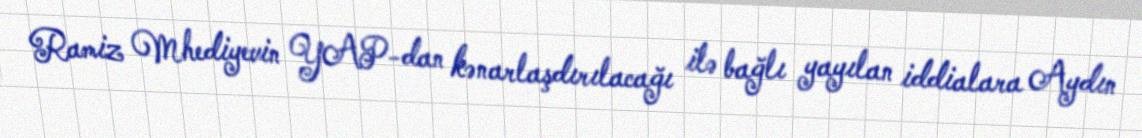
Ramiz Mhediyevin YAP-dan kənarlaşdırılacağı ilə bağlı yayılan iddialara Aydın